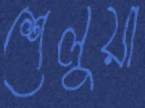
শেলুয়া